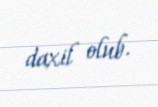
daxil olub.